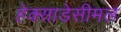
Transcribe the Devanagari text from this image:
हेक्साडेसीमल